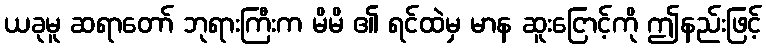
ယခုမူ ဆရာတော် ဘုရားကြီးက မိမိ ၏ ရင်ထဲမှ မာန ဆူးငြောင့်ကို ဤနည်းဖြင့်